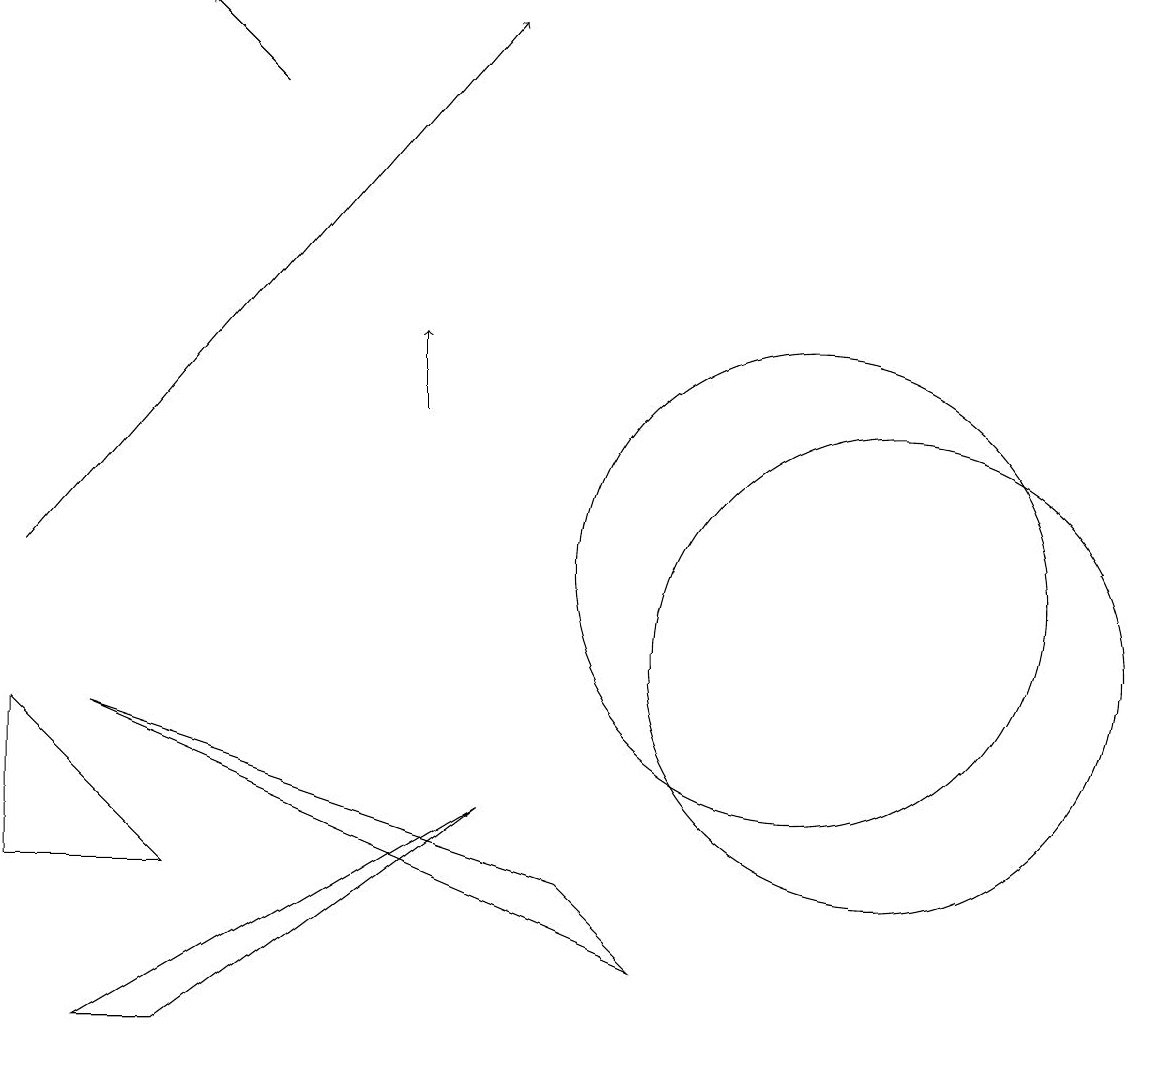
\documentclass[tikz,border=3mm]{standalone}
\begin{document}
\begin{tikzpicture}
\draw (12,10) circle (3);
\draw[->] (1,11) -- (7,18);
\draw (2,5) -- (7,8) -- (3,5) -- cycle;
\draw (2,9) -- (8,7) -- (9,6) -- cycle;
\draw[->] (6,13) -- (6,14);
\draw (11,11) circle (3);
\draw (1,7) -- (1,9) -- (3,7) -- cycle;
\draw[->] (4,17) -- (3,18);
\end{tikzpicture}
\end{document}